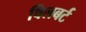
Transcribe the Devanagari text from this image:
विलबर्ट